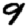
Digit: 9